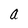
Character: a